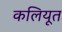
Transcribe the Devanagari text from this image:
कलियूत